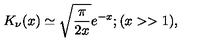
K _ { \nu } ( x ) \simeq \sqrt { \frac { \pi } { 2 x } } e ^ { - x } ; ( x > > 1 ) ,